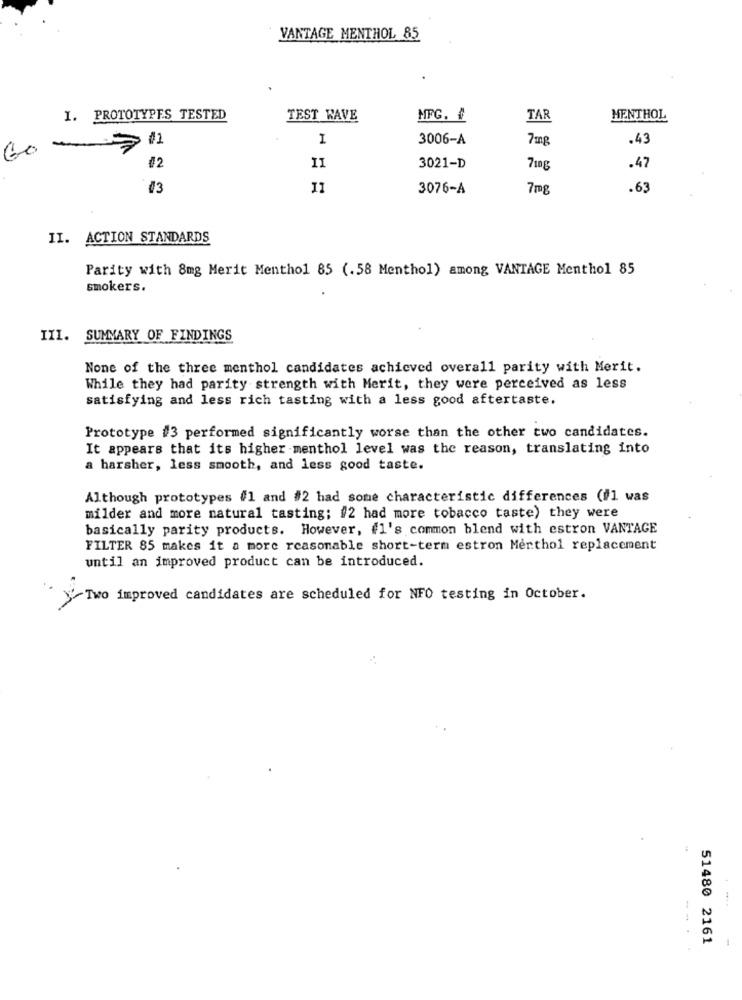
VANTAGE MENTHOL 85
I. PROTOTYPES TESTED
TEST WAVE
MFG. ₺
TAR
MENTHOL
/1
I
3006-A
7mg
.43
60
.47
II
3021-D
710g
11
3076-A
7mg
.63
II. ACTION STANDARDS
Parity with 8mg Merit Menthol 85 (.58 Menthol) among VANTAGE Menthol 85
smokers.
III. SUMMARY OF FINDINGS
None of the three menthol candidates achieved overall parity with Merit.
While they had parity strength with Merit, they were perceived as less
satisfying and less rich tasting with a less good aftertaste.
Prototype #3 performed significantly worse than the other two candidates.
It appears that its higher menthol level was the reason, translating into
a harsher, less smooth, and less good taste.
Although prototypes #1 and #2 had some characteristic differences (il was
milder and more natural tasting; #2 had more tobacco taste) they were
basically parity products. However, #1's common blend with estron VANTAGE
FILTER 85 makes it a more reasonable short-term estron Merthol replacement
until an improved product can be introduced.
>>Two improved candidates are scheduled for NFO testing in October.
51480 2161